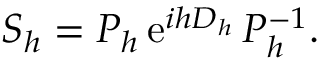
S _ { h } = P _ { h } \, \ensuremath { \mathrm { e } } ^ { i h D _ { h } } \, P _ { h } ^ { - 1 } .